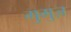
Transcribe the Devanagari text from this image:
गुमुज़